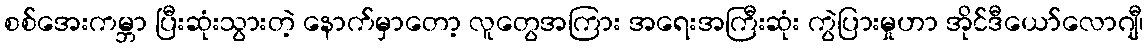
စစ်အေးကမ္ဘာ ပြီးဆုံးသွားတဲ့ နောက်မှာတော့ လူတွေအကြား အရေးအကြီးဆုံး ကွဲပြားမှုဟာ အိုင်ဒီယော်လောဂျီ၊